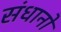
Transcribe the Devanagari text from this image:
संधानों